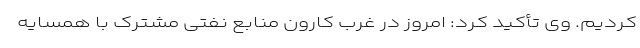
کردیم. وی تأکید کرد: امروز در غرب کارون منابع نفتی مشترک با همسایه